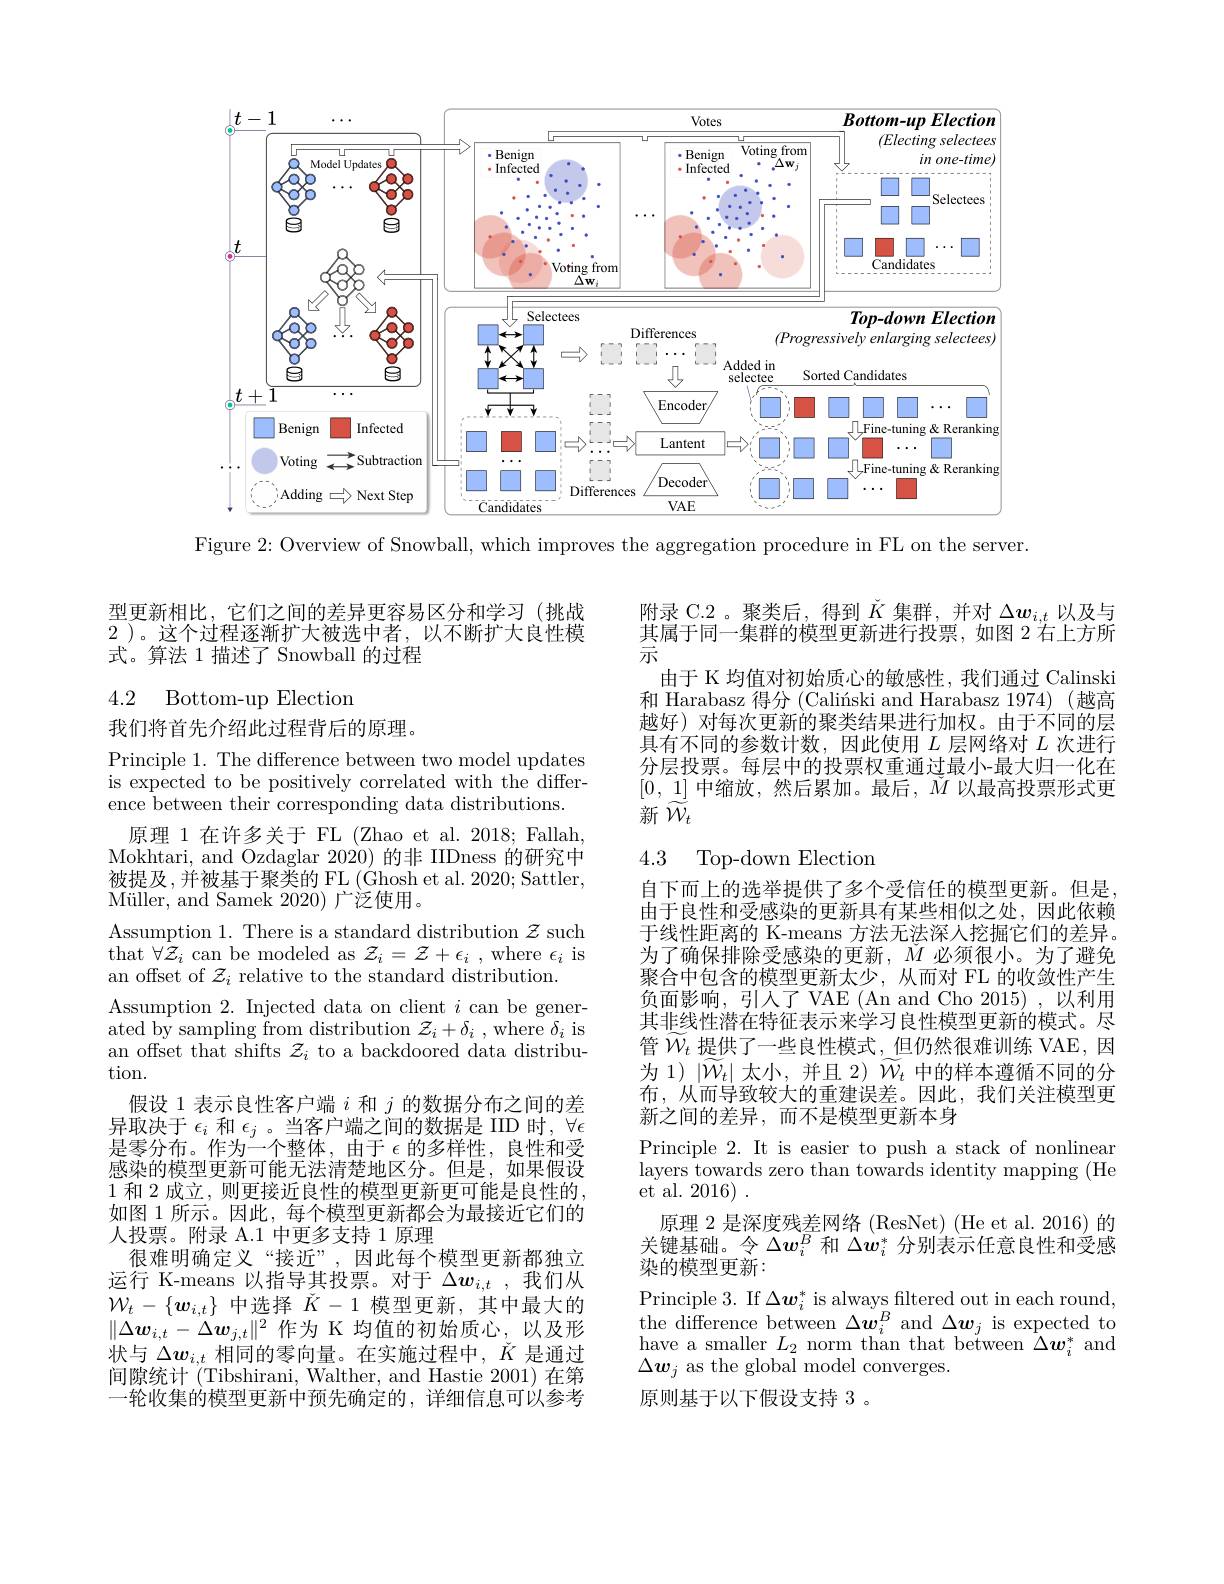
<FigureHere>

Figure 2: Overview of Snowball, which improves the aggregation procedure in FL on the server.

型更新相比，它们之间的差异更容易区分和学习(挑战2 )。这个过程逐渐扩大被选中者，以不断扩大良性模式。算法 1 描述了 Snowball 的过程

## 4.2 Bottom-up Election

我们将首先介绍此过程背后的原理。

Principle 1. The difference between two model updates is expected to be positively correlated with the difference between their corresponding data distributions.
原理 1 在许多关于 FL (Zhao et al. 2018; Fallah, Mokhtari, and Ozdaglar 2020)的非 IIDness 的研究中被提及，并被基于聚类的 FL (Ghosh et al. 2020; Sattler, M$\" {u}$ller, and Samek 2020) 广 泛 使 用 。
Assumption 1. There is a standard distribution $z$ such that $\forall\mathcal{Z}_i$ can be modeled as $\mathcal{Z}_i=\mathcal{Z}+\epsilon_i$ , where $\epsilon_i$ is an offset of $\mathcal{Z}_i$ relative to the standard distribution.
Assumption 2. Injected data on client $i$ can be generated by sampling from distribution $\mathcal{Z}_i+\delta_i$ , where $\delta_i$ is an offset that shifts $\mathcal{Z}_i$ to a backdoored data distribution.
假设 1 表示良性客户端$i$和$j$的数据分布之间的差异取决于$\epsilon_i$和$\epsilon_j$ 。当客户端之间的数据是 IID 时，$\forall\epsilon$ 是零分布。作为一个整体，由于$\epsilon$的多样性，良性和受感染的模型更新可能无法清楚地区分。但是，如果假设1 和 2 成立，则更接近良性的模型更新更可能是良性的， 如图 1 所示。因此，每个模型更新都会为最接近它们的人投票。附录 A.1 中更多支持 1 原理
很难明确定义“接近”,因此每个模型更新都独立运行 K-means 以指导其投票。对于$\Delta w_i,t$ ,我们从$\mathcal{W}_t-\{\boldsymbol{w}_{i,t}\}$中选择$\check{K}-1$模型更新，其中最大的$\|\Delta\boldsymbol{w}_{i,t}-\Delta\boldsymbol{w}_{j,t}\|^2$作为 K 均值的初始质心，以及形状与$\Delta\boldsymbol{w}_{i,t}$相同的零向量。在实施过程中，$\check{K}$是通过间隙统计(Tibshirani, Walther, and Hastie 2001) 在第一轮收集的模型更新中预先确定的，详细信息可以参考

附录 C.2。聚类后，得到$\check{K}$集群，并对$\Delta\boldsymbol w_i,t$以及与其属于同一集群的模型更新进行投票，如图 2 右上方所示
由于 K 均值对初始质心的敏感性，我们通过 Calinski 和 Harabasz 得分 (Caliński and Harabasz 1974) (越高越好)对每次更新的聚类结果进行加权。由于不同的层具有不同的参数计数，因此使用$L$层网络对$L$次进行分层投票。每层中的投票权重通过最小-最大归一化在$[0,\underline{1}]$中缩放，然后累加。最后，$\v M$以最高投票形式更新$\tilde{W}_t$

## 4.3 Top-down Electior

自下而上的选举提供了多个受信任的模型更新。但是由于良性和受感染的更新具有某些相似之处，因此依赖于线性距离的 K-means 方法无法深人挖掘它们的差异。为了确保排除受感染的更新，$\v{M}$必须很小。为了避免聚合中包含的模型更新太少，从而对 FL 的收敛性产生负面影响，引人了VAE (An and Cho 2015),以利用其非线性潜在特征表示来学习良性模型更新的模式。尽管$\mathcal{W}_t$提供了一些良性模式，但仍然很难训练 VAE,因为 1)$|\widetilde{W}_t|$太小，并且 2)$\widetilde{W}_t$中的样本遵循不同的分布，从而导致较大的重建误差。因此，我们关注模型更新之间的差异，而不是模型更新本身
Principle 2. It is easier to push a stack of nonlinear layers towards zero than towards identity mapping (He et al. 2016) .
原理 2 是深度残差网络 (ResNet) (He et al. 2016) 的关键基础。令$\Delta\boldsymbol{w}_i^B$和$\Delta\dot{\boldsymbol{w}}_i^*$分别表示任意良性和受感染的模型更新：
Principle 3. If $\Delta\boldsymbol w_i^*$ is always filtered out in each round, $\begin{array}{c}{\mathrm{the~difference~between~}\Delta\boldsymbol{w}_{i}^{B}}&{\mathrm{and~}\Delta\boldsymbol{w}_{j}}&{\mathrm{is~expected~to}}\\{\mathrm{the~difference~between~}\Delta\boldsymbol{w}_{i}^{B}}&{\mathrm{and~}\Delta\boldsymbol{w}_{j}}&{\mathrm{is~expected~to}}\end{array}$ have a smaller $L_2$ norm than that between $\bar{\Delta}\boldsymbol w_i^*$ and $\Delta\boldsymbol{w}_j$ as the global model converges.
原则基于以下假设支持 3 。